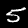
Label: 5